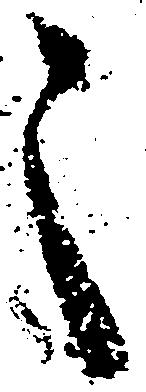
之